Medical and sanitary report on the native army of Bombay for the year
Year: 1877
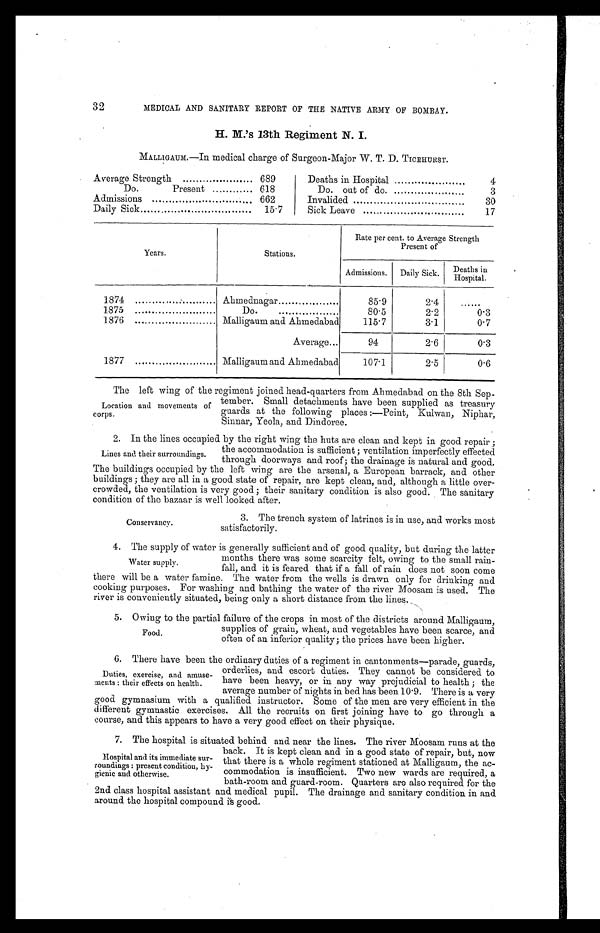
32
MEDICAL AND SANITARY REPORT OF THE NATIVE ARMY OF BOMBAY.
H. M.'s 13th Regiment N. I.
MALLIGAUM.—In medical charge of Surgeon-Major W. T. D. TICEHURST.
Average Strength
689
Deaths in Hospital
4
Do.
Present
618
Do. out of do.
3
Admissions
662
Invalided
30
Daily Sick
15.7
Sick Leave
17
Years.
Stations.
Rate per cent. to Average Strength
Present of
Admissions. Daily Sick. Deaths in
Hospital.
1874
Ahmednagar
85.9
2.4
......
1875
Do.
80.5
2.2
0.3
1876
Malligaum and Ahmedabad
115.7
3.1
0.7
Average...
94
2.6
0.3
1877
Malligaum and Ahmedabad
107.1
2.5
0.6
The left wing of the regiment joined head-quarters from Ahmedabad on the 8th Sep-
tember. Small detachments have been supplied as treasury
guards at the following places:—Peint, Kulwan, Niphar,
Sinnar, Yeola, and Dindoree.
2. In the lines occupied by the right wing the huts are clean and kept in good repair;
the accommodation is sufficient; ventilation imperfectly effected
through doorways and roof; the drainage is natural and good.
The buildings occupied by the left wing are the arsenal, a European barrack, and other
buildings; they are all in a good state of repair, are kept clean, and, although a little over-
crowded, the ventilation is very good; their sanitary condition is also good. The sanitary
condition of the bazaar is well looked after.
Location and movements of
corps.
Lines and their surroundings.
Conservancy.
3. The trench system of latrines is in use, and works most
satisfactorily.
4. The supply of water is generally sufficient and of good quality, but during the latter
months there was some scarcity felt, owing to the small rain-
fall, and it is feared that if a fall of rain does not soon come
there will be a water famine. The water from the wells is drawn only for drinking and
cooking purposes. For washing and bathing the water of the river Moosam is used. The
river is conveniently situated, being only a short distance from the lines.
5. Owing to the partial failure of the crops in most of the districts around Malligaum,
supplies of grain, wheat, and vegetables have been scarce, and
often of an inferior quality; the prices have been higher.
6. There have been the ordinary duties of a regiment in cantonments—parade, guards,
orderlies, and escort duties. They cannot be considered to
have been heavy, or in any way prejudicial to health; the
average number of nights in bed has been 10.9. There is a very
good gymnasium with a qualified instructor. Some of the men are very efficient in the
different gymnastic exercises. All the recruits on first joining have to go through a
course, and this appears to have a very good effect on their physique.
7. The hospital is situated behind and near the lines. The river Moosam runs at the
back. It is kept clean and in a good state of repair, but, now
that there is a whole regiment stationed at Malligaum, the ac-
commodation is insufficient. Two new wards are required, a
bath-room and guard-room. Quarters are also required for the
2nd class hospital assistant and medical pupil. The drainage and sanitary condition in and
around the hospital compound is good.
Water sueply.
Food.
Duties, exercise, and amuse-
ments: their effects on health.
Hospital and its immediate sur-
roundings: present condition, hy-
gienic and otherwise.